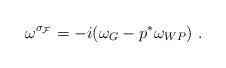
LaTeX: \begin{align*}\omega^{\sigma_{\cal F}} = -i(\omega_G - p^* \omega_{WP})~.\end{align*}